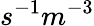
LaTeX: s^{-1}m^{-3}